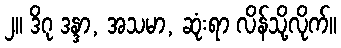
၂။ ဒိဂု ဒန္ဒာ, အသမာ, ဆုံးရာ လိန်သို့လိုက်။